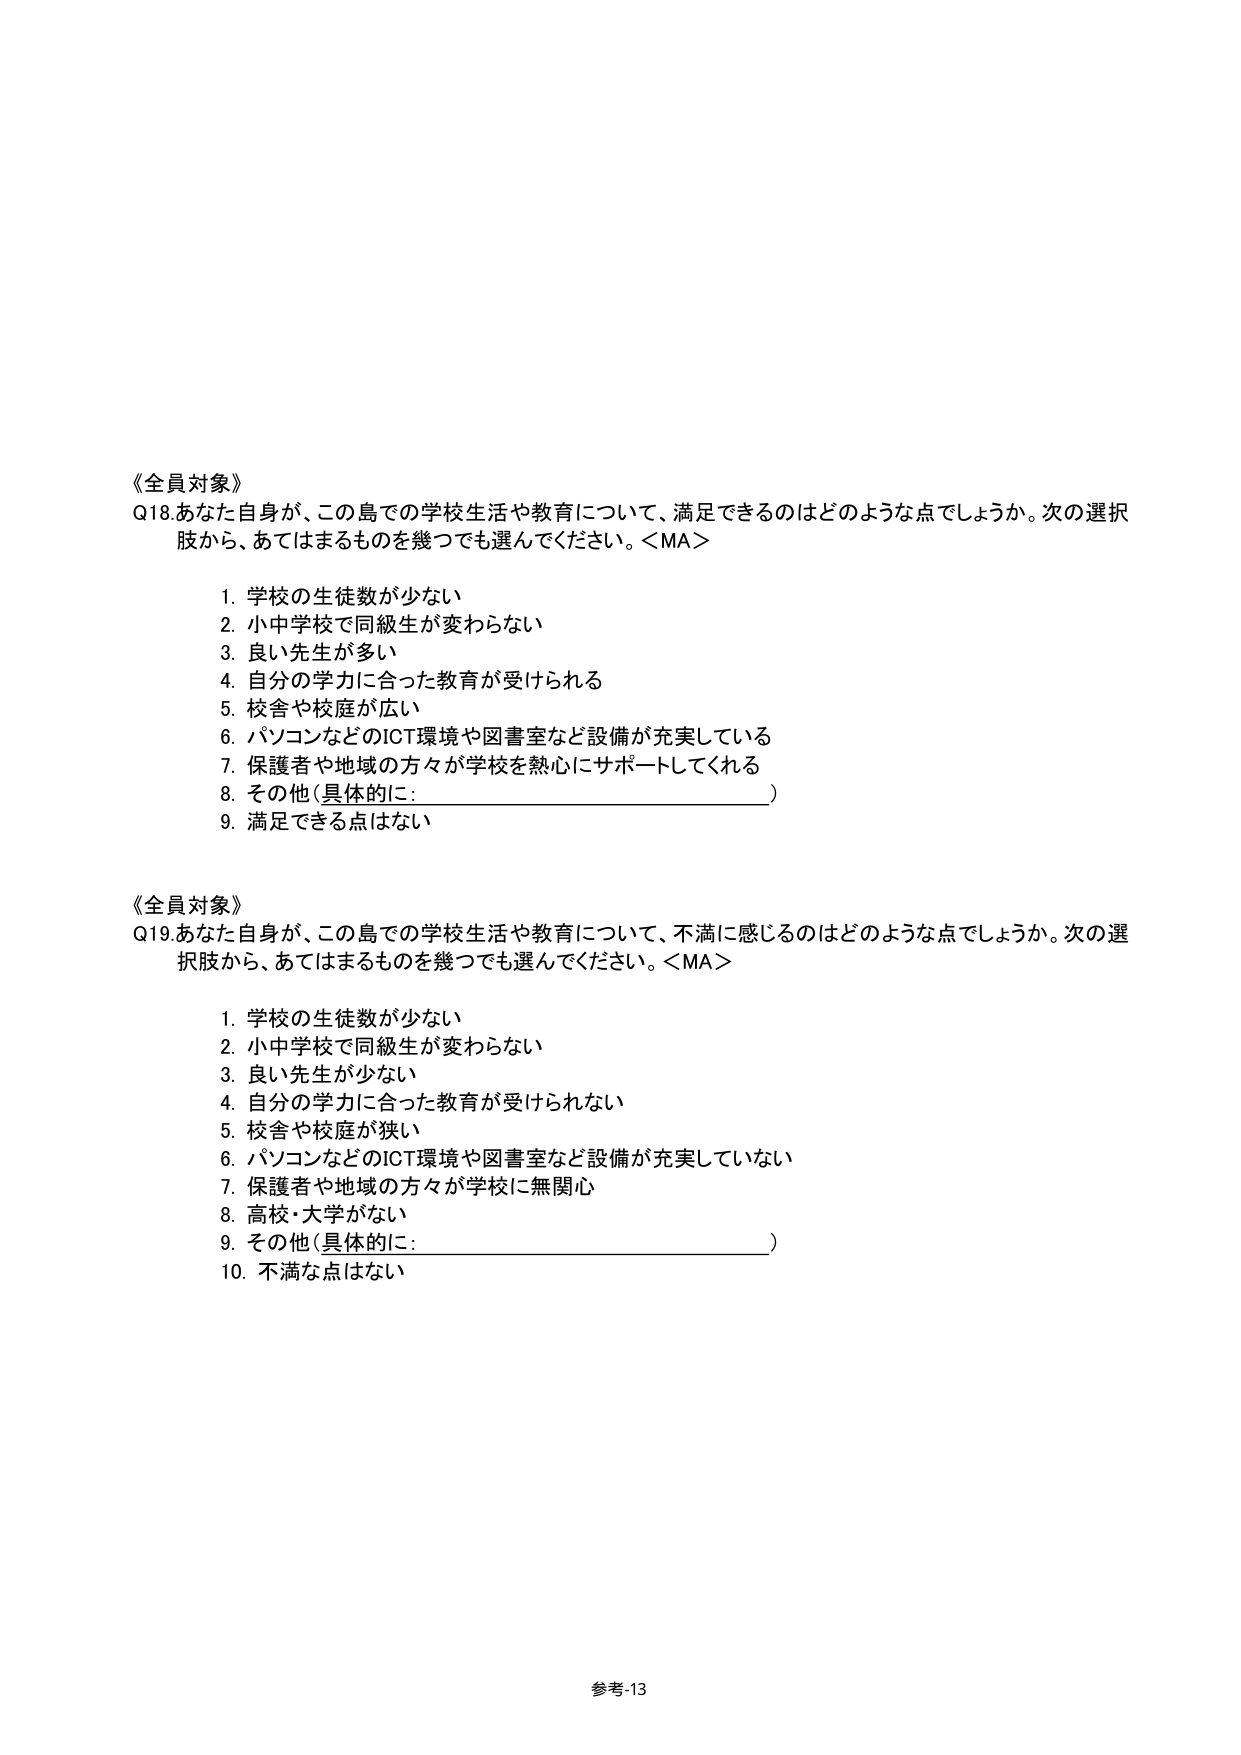
《全員対象》
Q18.あなた自身が、この島での学校生活や教育について、満足できるのはどのような点でしょうか。次の選択肢から、あてはまるものを幾つでも選んでください。＜MA＞
　　1. 学校の生徒数が少ない
　　2. 小中学校で同級生が変わらない
　　3. 良い先生が多い
　　4. 自分の学力に合った教育が受けられる
　　5. 校舎や校庭が広い
　　6. パソコンなどのICT環境や図書室など設備が充実している
　　7. 保護者や地域の方々が学校を熱心にサポートしてくれる
　　8. その他（具体的に：________________________）
　　9. 満足できる点はない

《全員対象》
Q19.あなた自身が、この島での学校生活や教育について、不満に感じるのはどのような点でしょうか。次の選択肢から、あてはまるものを幾つでも選んでください。＜MA＞
　　1. 学校の生徒数が少ない
　　2. 小中学校で同級生が変わらない
　　3. 良い先生が少ない
　　4. 自分の学力に合った教育が受けられない
　　5. 校舎や校庭が狭い
　　6. パソコンなどのICT環境や図書室など設備が充実していない
　　7. 保護者や地域の方々が学校に無関心
　　8. 高校・大学がない
　　9. その他（具体的に：________________________）
　　10. 不満な点はない

参考-13